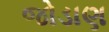
જોડાણ